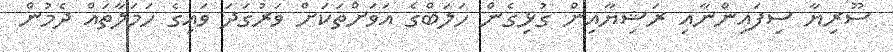
ސޫރިޔާ ސިފައިންނާއި ރަޝިޔާއިން ގުޅިގެން ހަލަބްގެ އަވަށްތަކަށް ވަރުގަދަ ވައިގެ ހަމަލާތައް ދެމުން